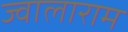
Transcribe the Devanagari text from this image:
ज्वालाराम